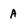
Character: A